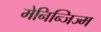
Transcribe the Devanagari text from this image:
मेनिन्जिज्म